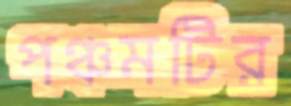
পঞ্চমটির